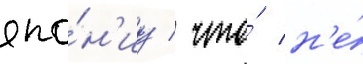
япо́н'иу / что́ н'е́